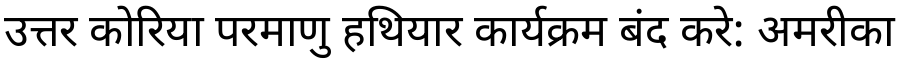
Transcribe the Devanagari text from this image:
उत्तर कोरिया परमाणु हथियार कार्यक्रम बंद करे: अमरीका